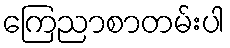
ကြေညာစာတမ်းပါ